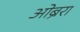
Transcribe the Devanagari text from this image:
ओब्रेरा